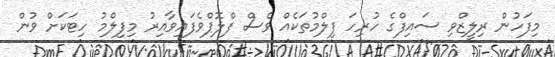
މިފަހުން ރިލީޒްވި ސައިފްގެ ހުރިހަ ފިލްމުތަކެއް ވެސް ފްލޮޕްވެފައިވާއިރު މިފިލްމު ހިޓަކަށް ވުން